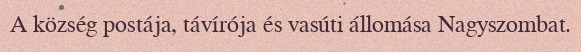
A község postája, távírója és vasúti állomása Nagyszombat.